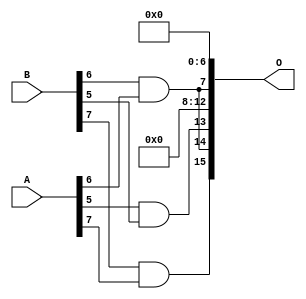
/***
* This code is a part of EvoApproxLib library (ehw.fit.vutbr.cz/approxlib) distributed under The MIT License.
* When used, please cite the following article(s): PRABAKARAN B. S., MRAZEK V., VASICEK Z., SEKANINA L., SHAFIQUE M. ApproxFPGAs: Embracing ASIC-based Approximate Arithmetic Components for FPGA-Based Systems. DAC 2020. 
***/
// MAE% = 8.08 %
// MAE = 5294 
// WCE% = 30.81 %
// WCE = 20193 
// WCRE% = 700.00 %
// EP% = 99.21 %
// MRE% = 64.52 %
// MSE = 47901.182e3 
// FPGA_POWER = 0.26
// FPGA_DELAY = 6.1
// FPGA_LUT = 3.0

module mul8u_19BL (
    A,
    B,
    O
);

input [7:0] A;
input [7:0] B;
output [15:0] O;

wire sig_242,sig_307,sig_327;

assign sig_242 = B[6] & A[6];
assign sig_307 = A[5] & B[5];
assign sig_327 = B[7] & A[7];

assign O[15] = sig_327;
assign O[14] = sig_242;
assign O[13] = sig_307;
assign O[12] = 1'b0;
assign O[11] = 1'b0;
assign O[10] = 1'b0;
assign O[9] = 1'b0;
assign O[8] = 1'b0;
assign O[7] = sig_242;
assign O[6] = 1'b0;
assign O[5] = 1'b0;
assign O[4] = 1'b0;
assign O[3] = 1'b0;
assign O[2] = 1'b0;
assign O[1] = 1'b0;
assign O[0] = 1'b0;

endmodule